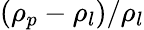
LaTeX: (\rho_{p}-\rho_{l})/\rho_{l}